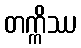
တက္ကိဿ